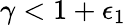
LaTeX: \gamma<1+\epsilon_{1}